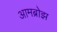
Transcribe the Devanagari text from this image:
आमब्रोझ